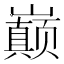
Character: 巅